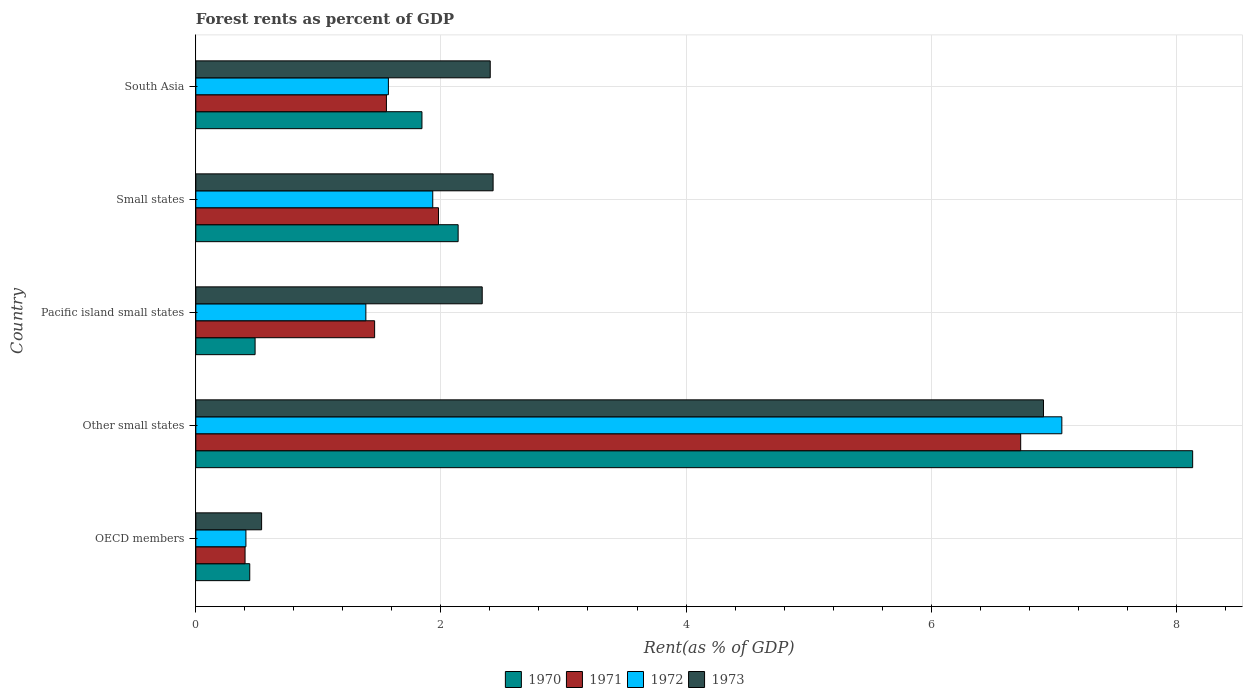
| Country | 1970 | 1971 | 1972 | 1973 |
 | --- | --- | --- | --- | --- |
 | OECD members | 0.44 | 0.402 | 0.409 | 0.537 |
 | Other small states | 8.13 | 6.73 | 7.07 | 6.92 |
 | Pacific island small states | 0.484 | 1.46 | 1.39 | 2.34 |
 | Small states | 2.14 | 1.98 | 1.93 | 2.43 |
 | South Asia | 1.85 | 1.56 | 1.57 | 2.4 |